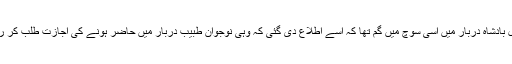
ابھی نیک دل بادشاہ دربار میں اسی سوچ میں گم تھا کہ اسے اطلاع دی گئی کہ وہی نوجوان طبیب دربار میں حاضر ہونے کی اجازت طلب کر رہا ہے لیکن۔